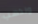
ونذهب